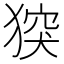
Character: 𤟪